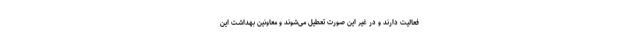
فعالیت دارند و در غیر این صورت تعطیل می‌شوند و معاونین بهداشت این